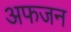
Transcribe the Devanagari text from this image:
अफजन